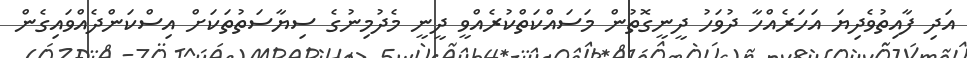
އަދި ފާއިތުވެދިޔަ އަހަރެއްހާ ދުވަހު ދީނީގޮތުން މަސައްކަތްކުރެއްވީ ދީނީ މެދުމިނުގެ ސިޔާސަތުތަކަށް އިސްކަންދެއްވައިގެން